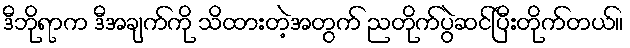
ဒီဘိုရာက ဒီအချက်ကို သိထားတဲ့အတွက် ညတိုက်ပွဲဆင်ပြီးတိုက်တယ်။